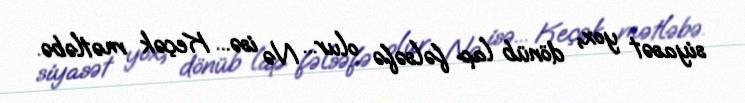
siyasət yox, dönüb lap fəlsəfə olur... Nə isə... Keçək mətləbə.